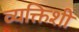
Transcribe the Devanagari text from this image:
व्यक्तिशी